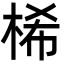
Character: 桸